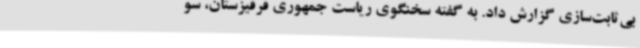
بی‌ثابت‌سازی گزارش داد. به گفته سخنگوی ریاست جمهوری قرقیزستان، سو